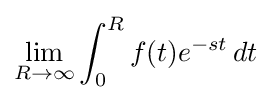
\lim _{R\to \infty }\int _{0}^{R}f(t)e^{-st}\,dt